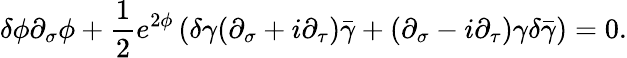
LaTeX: \delta\phi\partial_{\sigma}\phi+\frac{1}{2}e^{2\phi}\left(\delta\gamma(\partial_{\sigma}+i\partial_{\tau})\bar{\gamma}+(\partial_{\sigma}-i\partial_{\tau})\gamma\delta\bar{\gamma}\right)=0.